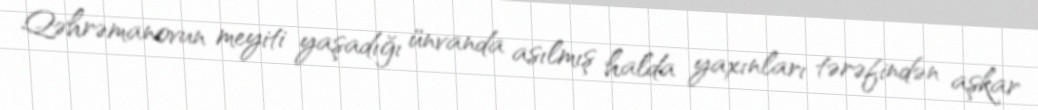
Qəhrəmanovun meyiti yaşadığı ünvanda asılmış halda yaxınları tərəfindən aşkar